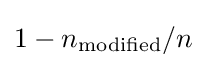
1-n_{\mathrm {modified} }/n